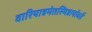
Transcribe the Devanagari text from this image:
वारियात्रमेतस्मिन्नार्यावर्तें